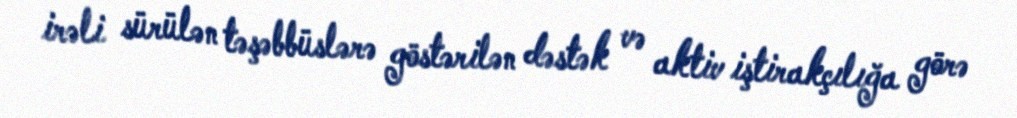
irəli sürülən təşəbbüslərə göstərilən dəstək və aktiv iştirakçılığa görə